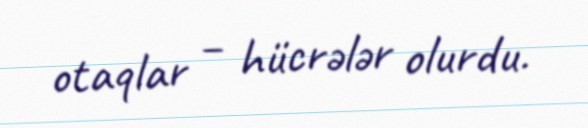
otaqlar – hücrələr olurdu.